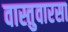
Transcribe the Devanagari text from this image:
वास्तुवारसा